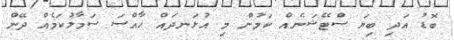
ބޮޑު އަދި ބިޔަ ސްޓޭޝަނެއް ކަމުން މި އުޅަނދައް ޚާއްސަ ސަމާލުކަމެއް ދޭން